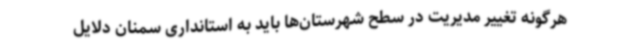
هرگونه تغییر مدیریت در سطح شهرستان‌ها باید به استانداری سمنان دلایل